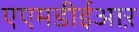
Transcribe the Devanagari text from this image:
एएमडीईआऱ